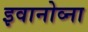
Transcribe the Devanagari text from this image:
इवानोव्ना